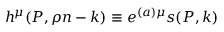
h ^ { \mu } ( P , \rho n - k ) \equiv e ^ { ( a ) \mu } s ( P , k ) \,